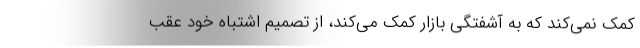
کمک نمی‌کند که به آشفتگی بازار کمک می‌کند، از تصمیم اشتباه خود عقب